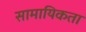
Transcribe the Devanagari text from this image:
सामायिकता